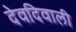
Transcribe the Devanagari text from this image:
देवदिवाली